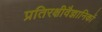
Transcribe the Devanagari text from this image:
प्रतिरक्षीवैज्ञानिकों